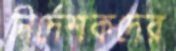
নির্দেশকদের